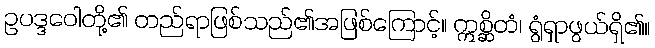
ဥပဒ္ဒဝေါတို့၏ တည်ရာဖြစ်သည်၏အဖြစ်ကြောင့်။ ဣစ္ဆိတံ၊ ရွံရှာဖွယ်ရှိ၏။